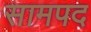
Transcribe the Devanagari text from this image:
सामपद